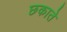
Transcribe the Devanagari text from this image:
छकाते